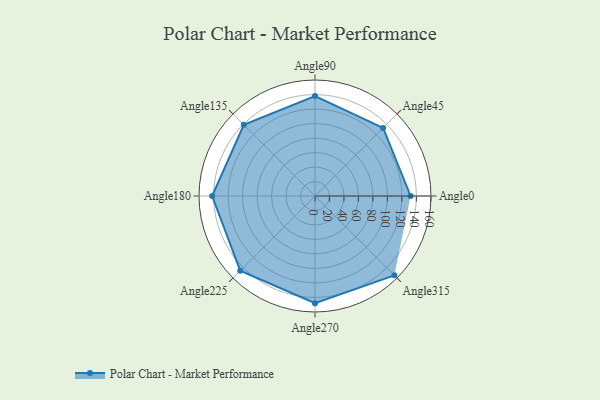
{"axis": {"x": "Angle", "y": "Radius"}, "legend": [""], "data": [{"x": "Angle0", "y": 132.0, "type": ""}, {"x": "Angle45", "y": 133.0, "type": ""}, {"x": "Angle90", "y": 138.0, "type": ""}, {"x": "Angle135", "y": 139.0, "type": ""}, {"x": "Angle180", "y": 142.0, "type": ""}, {"x": "Angle225", "y": 146.0, "type": ""}, {"x": "Angle270", "y": 148.0, "type": ""}, {"x": "Angle315", "y": 155.0, "type": ""}]}